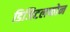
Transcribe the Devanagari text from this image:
डिजिटलफोन